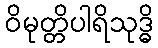
ဝိမုတ္တိပါရိသုဒ္ဓိ